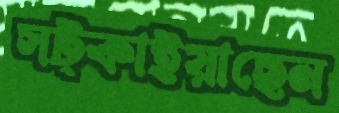
সট্‌কাইয়াছেন